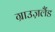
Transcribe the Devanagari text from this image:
ग्राउज़लैंड